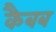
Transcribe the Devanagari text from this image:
कैबब